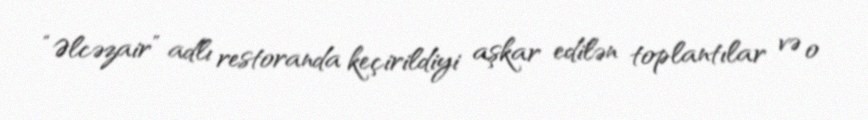
“Əlcəzair” adlı restoranda keçirildiyi aşkar edilən toplantılar və o